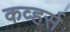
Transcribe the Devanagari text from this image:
कव्हर्स